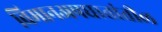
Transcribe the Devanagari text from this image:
विमानअपघातांतील